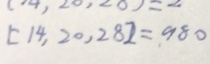
[ 1 4 , 2 0 , 2 8 ] = 9 8 0